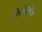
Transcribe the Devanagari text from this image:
किरोप्रैक्टिक